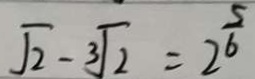
\sqrt { 2 } - 3 \sqrt { 2 } = 2 ^ { \frac { 5 } { 6 } }